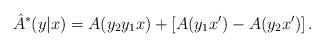
LaTeX: \begin{align*}\hat{A}^*(y|x) = A(y_2y_1x) + \left[ A(y_1x') - A(y_2x') \right].\end{align*}